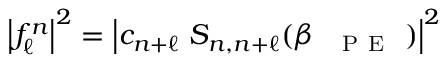
\begin{array} { r } { \left| f _ { \ell } ^ { n } \right| ^ { 2 } = \left| c _ { n + \ell } \ S _ { n , n + \ell } ( \beta _ { \mathrm { ~ \textsc ~ { ~ P ~ E ~ } ~ } } ) \right| ^ { 2 } } \end{array}